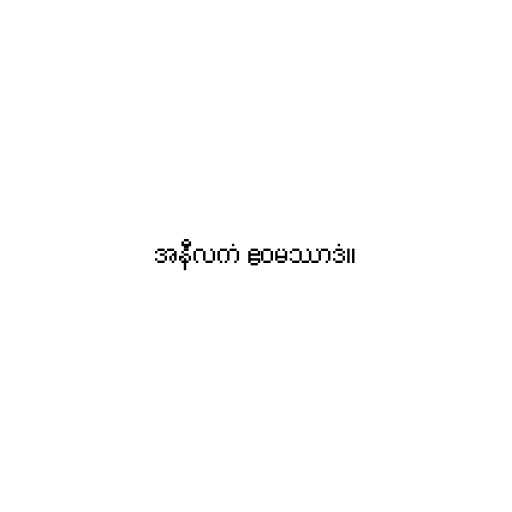
အနီလကံ ဧဝမဿာဒံ။